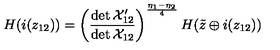
H ( i ( z _ { 1 2 } ) ) = \left( \frac { \det { \cal X } _ { 1 2 } ^ { \prime } } { \det { \cal X } _ { 1 2 } } \right) ^ { \frac { \eta _ { 1 } - \eta _ { 2 } } { 4 } } H ( \tilde { z } \oplus i ( z _ { 1 2 } ) )